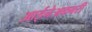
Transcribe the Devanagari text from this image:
आईनेअकबरी